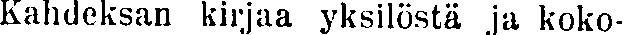
Kahdeksan kirjaa yksilöstä ja koko-